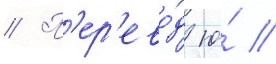
// П'ер'ево́д ю́ //